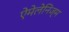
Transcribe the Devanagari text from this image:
ऐमेलेनिज्म